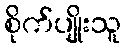
စိုက်ပျိုးသူ